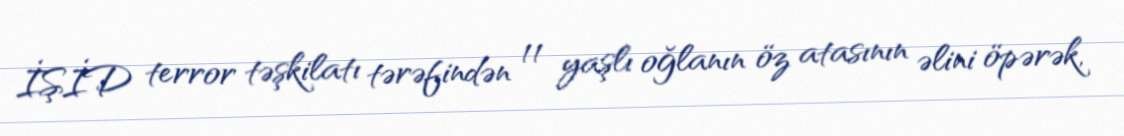
İŞİD terror təşkilatı tərəfindən 11 yaşlı oğlanın öz atasının əlini öpərək,